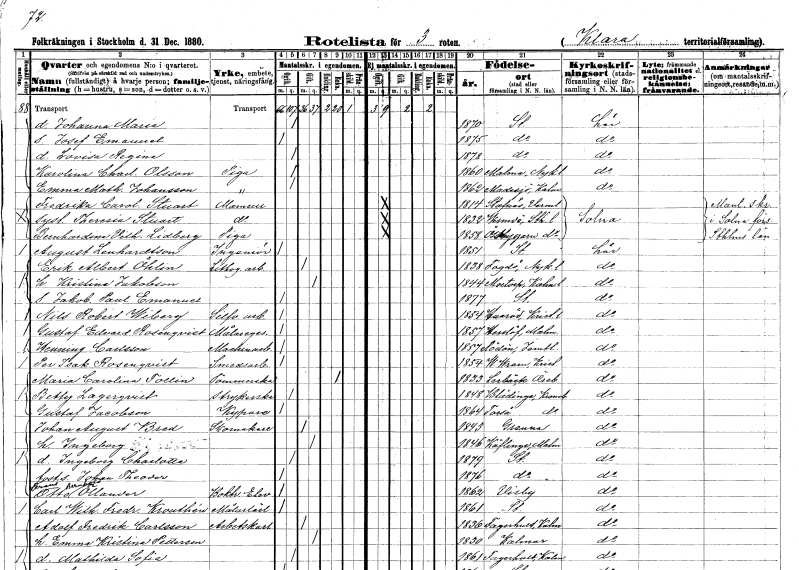
gt_parse: households: individuals: FN: Johanna Maria
KON: K
CIV: O
FODAR: 1870
FODFORS: Stockholm
FN: Josef Emanuel
KON: M
CIV: O
FODAR: 1875
FODFORS: Stockholm
FN: Lovisa Regina
KON: K
CIV: O
FODAR: 1878
FODFORS: Stockholm
FN: Karolina Charlotta
EN: Olsson
YRKE: Piga
KON: K
CIV: O
FODAR: 1860
FODFORS: Malma Södermanlands län
FN: Emma Mathilda
EN: Johansson
YRKE: Piga
KON: K
CIV: O
FODAR: 1862
FODFORS: Madesjö Kalmar län
FN: Fredrika Carolina
EN: Stuart
KON: K
CIV: O
FODAR: 1814
FODFORS: Stavnäs Värmlands län
FN: Theresia
EN: Stuart
KON: K
CIV: O
FODAR: 1832
FODFORS: Värmdö Stockholms län
FN: Bernhardina Vilhelmina
EN: Lidberg
YRKE: Piga
KON: K
CIV: O
FODAR: 1858
FODFORS: Össeby-Garn Stockholms län
FN: August
EN: Lenhardtson
YRKE: Ingenjör
KON: M
CIV: O
FODAR: 1851
FODFORS: Stockholm
FN: Erik Albert
EN: Öhlin
YRKE: Litografiarbetare
KON: M
CIV: G
FODAR: 1838
FODFORS: Fogdö Södermanlands län
FN: Kristina
EN: Jakobson
KON: K
CIV: G
FODAR: 1844
FODFORS: Mortorp Kalmar län
FN: Jakob Paul Emanuel
KON: M
CIV: O
FODAR: 1877
FODFORS: Stockholm
FN: Nils Robert
EN: Wiberg
YRKE: Silverarbetare
KON: M
CIV: O
FODAR: 1854
FODFORS: Huaröd Kristianstads län
FN: Gustaf Edvard
EN: Rosenqvist
YRKE: Målaregesäll
KON: M
CIV: O
FODAR: 1857
FODFORS: Härslöv Malmöhus län
FN: Henning
EN: Carlsson
YRKE: Maskinarbetare
KON: M
CIV: O
FODAR: 1857
FODFORS: Rödön Jämtlands län
FN: Per Isak
EN: Rosenqvist
YRKE: Smedsarbetare
KON: M
CIV: O
FODAR: 1854
FODFORS: Västra Vram Kristianstads län
FN: Maria Carolina
EN: Tollin
YRKE: Sömmerska
KON: K
CIV: E
FODAR: 1833
FODFORS: Lerbäck Örebro län
FN: Betty
EN: Lagerqvist
YRKE: Strykerska
KON: K
CIV: O
FODAR: 1848
FODFORS: Blädinge Kronobergs län
FN: Gustaf
EN: Jacobson
YRKE: Kypare
KON: M
CIV: O
FODAR: 1864
FODFORS: Torsås Kronobergs län
FN: Johan August
EN: Bred
YRKE: Skomakare
KON: M
CIV: G
FODAR: 1843
FODFORS: Gränna Jönköpings län
FN: Ingeborg
KON: K
CIV: G
FODAR: 1846
FODFORS: Kävlinge Malmöhus län
FN: Ingeborg Charlotta
KON: K
CIV: O
FODAR: 1879
FODFORS: Stockholm
FN: Johan Theodor
KON: M
CIV: O
FODAR: 1876
FODFORS: Stockholm
FN: Frans Otto Bernhard
EN: Öllander
YRKE: Boktryckerielev
KON: M
CIV: O
FODAR: 1862
FODFORS: Visby Gotlands län
FN: Carl Wilhelm Fredrik
EN: Krouthén
YRKE: Målarelärling
KON: M
CIV: O
FODAR: 1861
FODFORS: Stockholm
FN: Adolf Fredrik
EN: Carlsson
YRKE: Arbetskarl
KON: M
CIV: G
FODAR: 1836
FODFORS: Fagerhult Kalmar län
FN: Emma Kristina
EN: Petterson
KON: K
CIV: G
FODAR: 1830
FODFORS: Kalmar Kalmar län
FN: Mathilda Sofia
KON: K
CIV: O
FODAR: 1861
FODFORS: Fagerhult Kalmar län